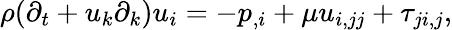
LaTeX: \rho(\partial_{t}+u_{k}\partial_{k})u_{i}=-p_{,i}+\mu u_{i,jj}+\tau_{ji,j},